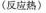
(反应热)